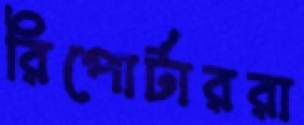
রিপোর্টাররা